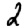
Digit: 2